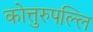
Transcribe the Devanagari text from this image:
कोत्तुरुपल्लि